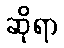
ဆိုရာ